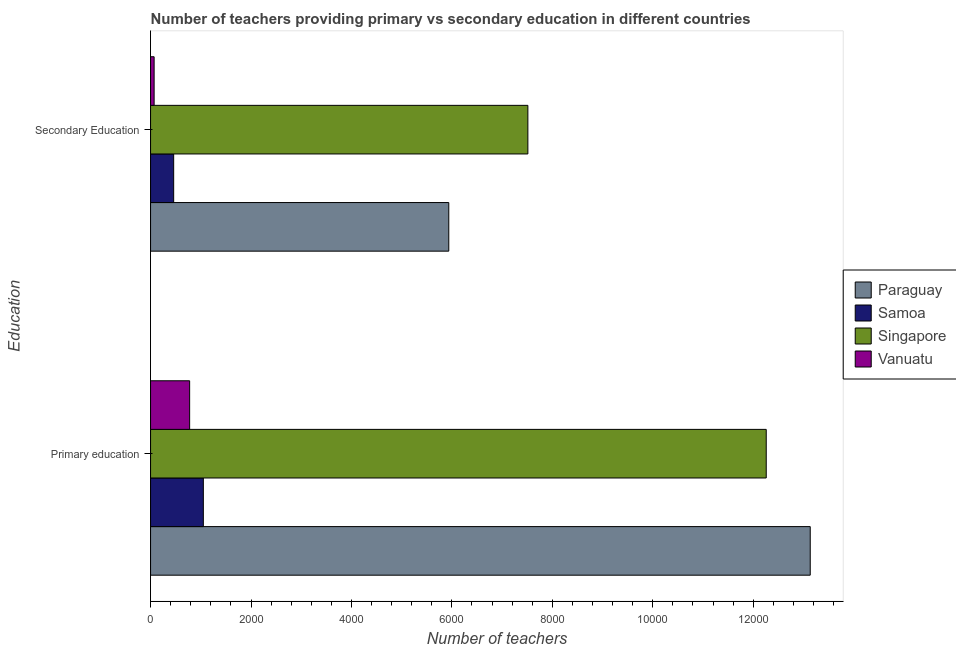
| Education | Paraguay | Samoa | Singapore | Vanuatu |
 | --- | --- | --- | --- | --- |
 | Primary education | 1.31e+04 | 1.05e+03 | 1.23e+04 | 778 |
 | Secondary Education | 5.94e+03 | 460 | 7.51e+03 | 71 |